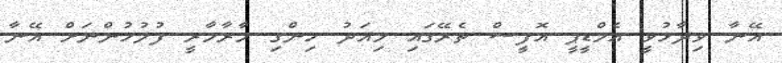
އޭނާ ވިދާޅުވީ އެމްޑީޕީ އޮފީސް ތެރޭގައި މިއަދު ހިންގި މާރާމާރީ ފުލުހުންނަށް އޭނާ